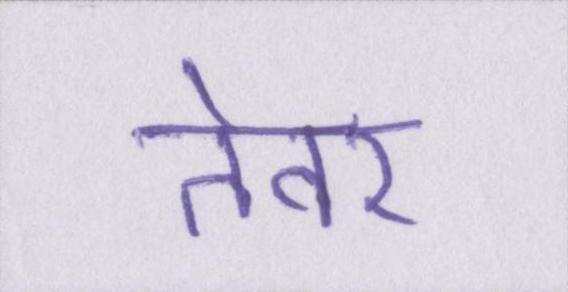
तेवर